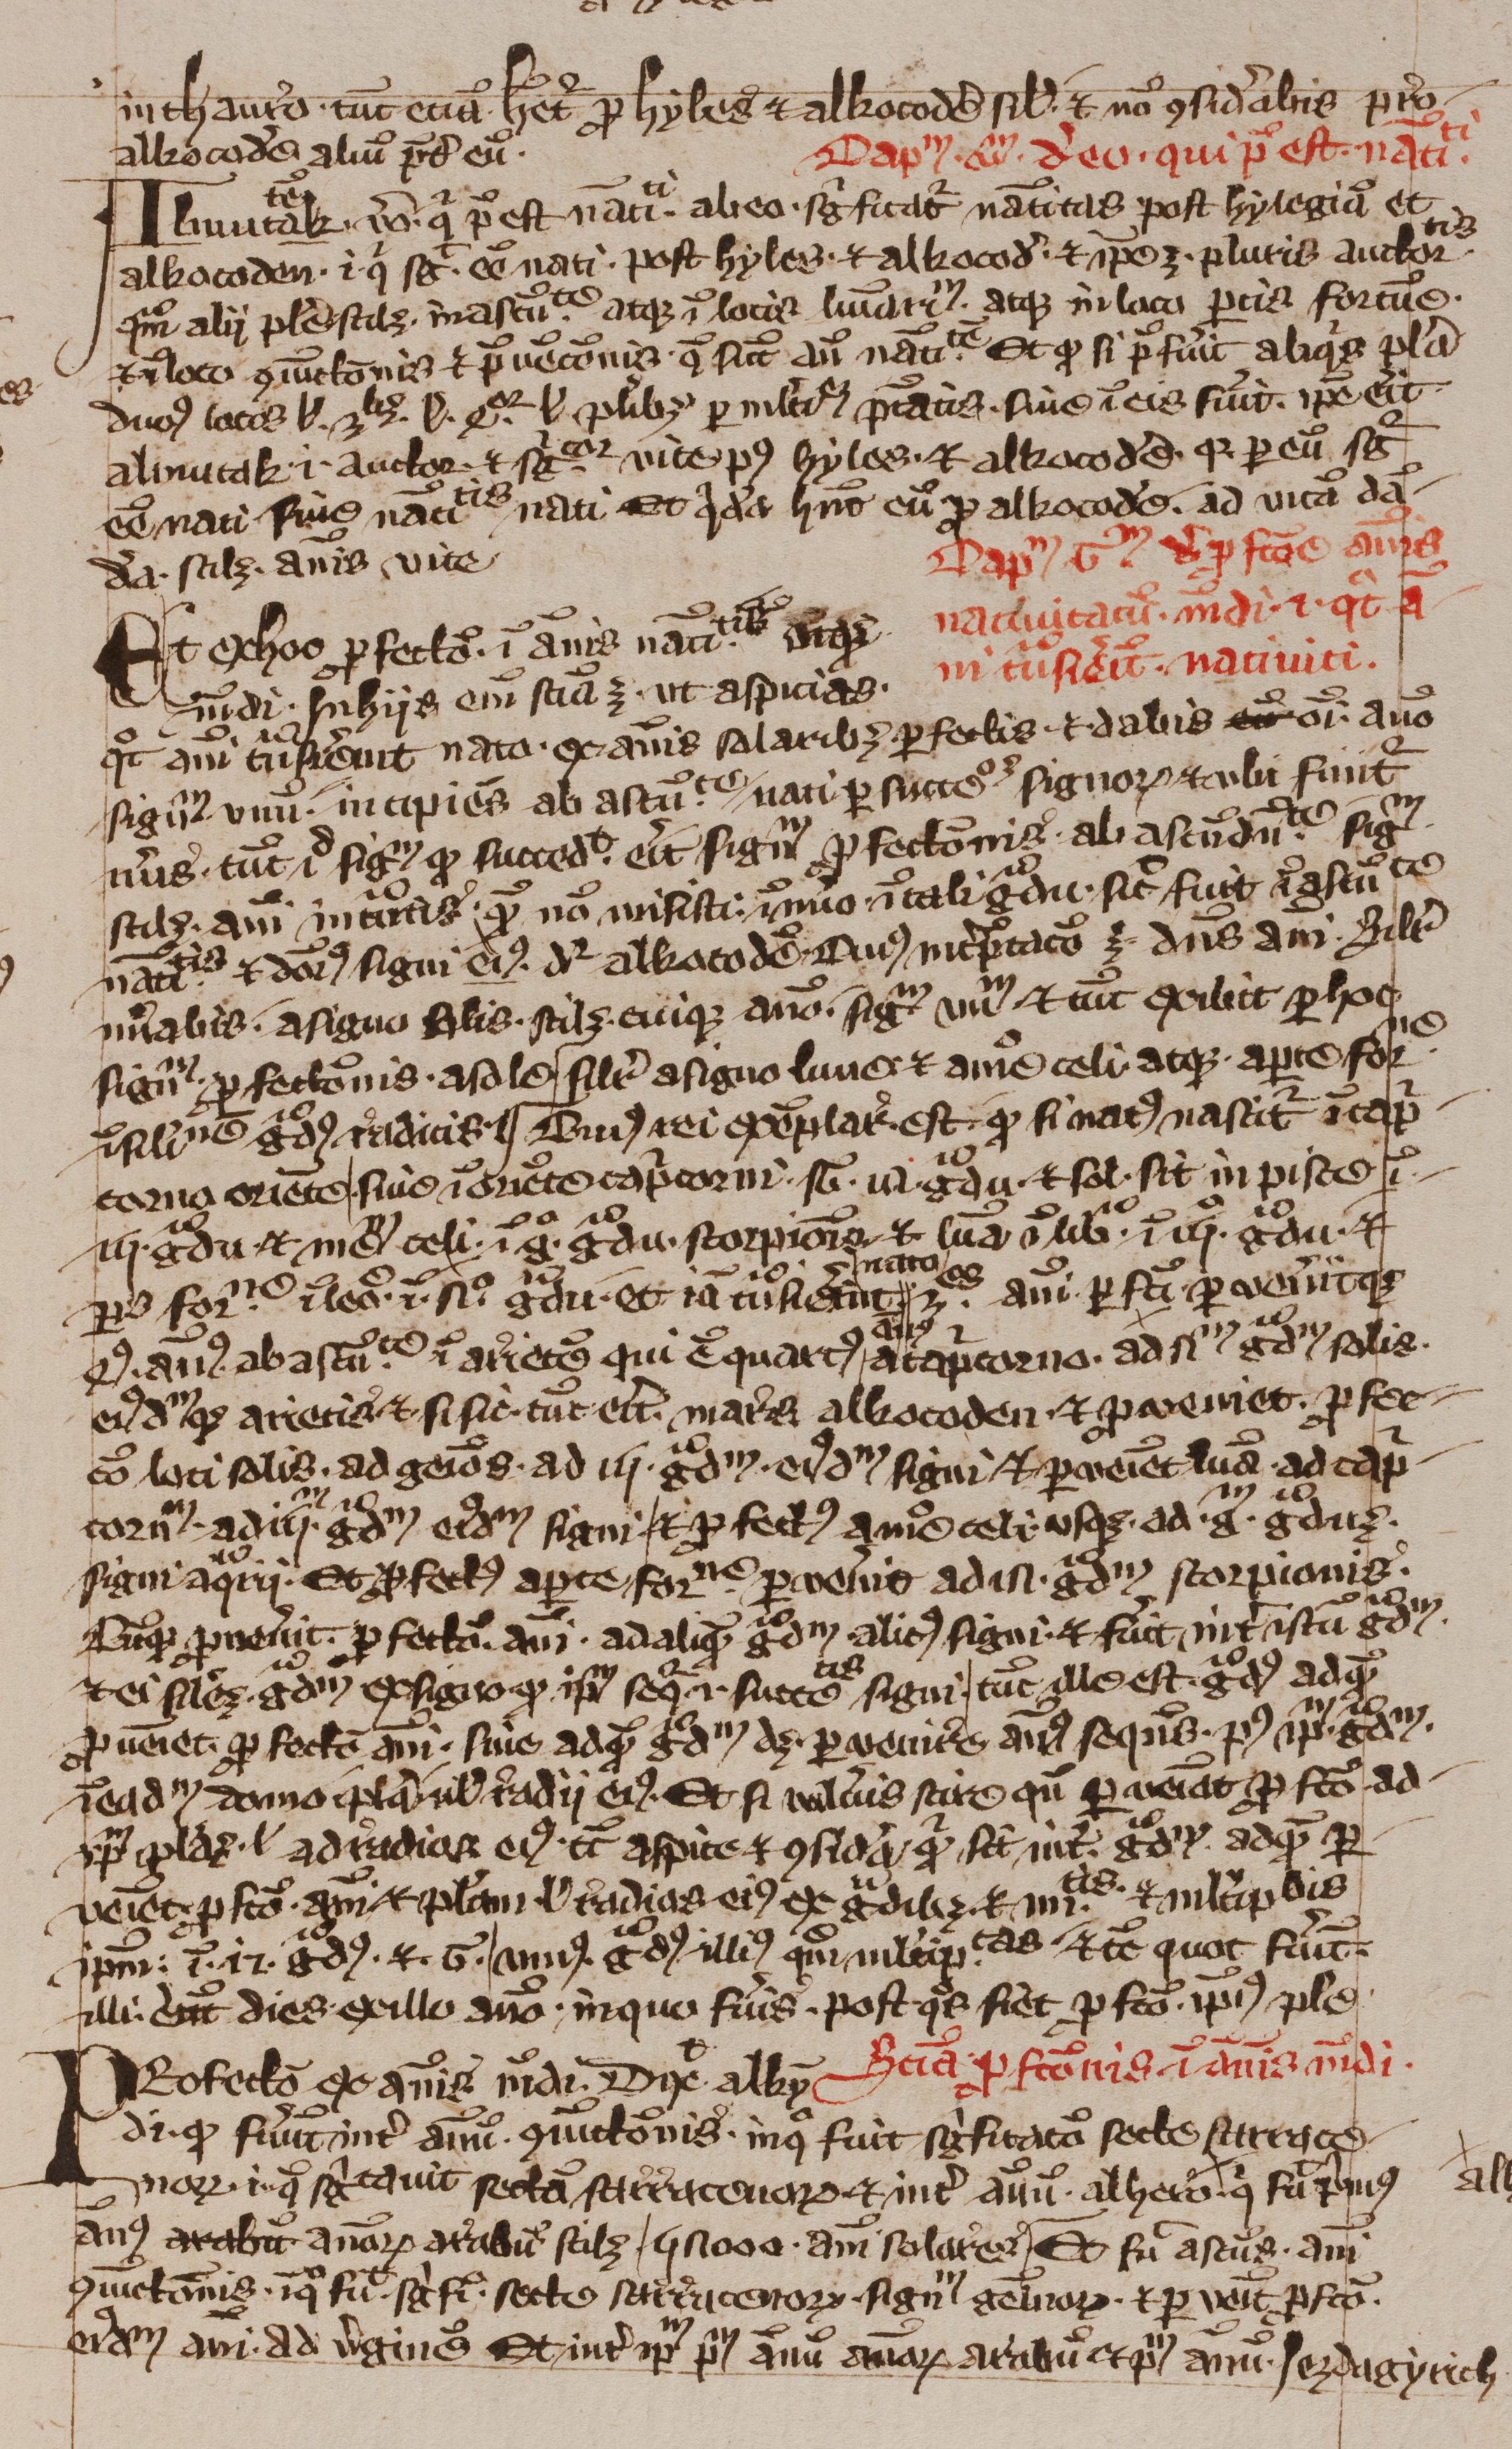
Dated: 1350–1424